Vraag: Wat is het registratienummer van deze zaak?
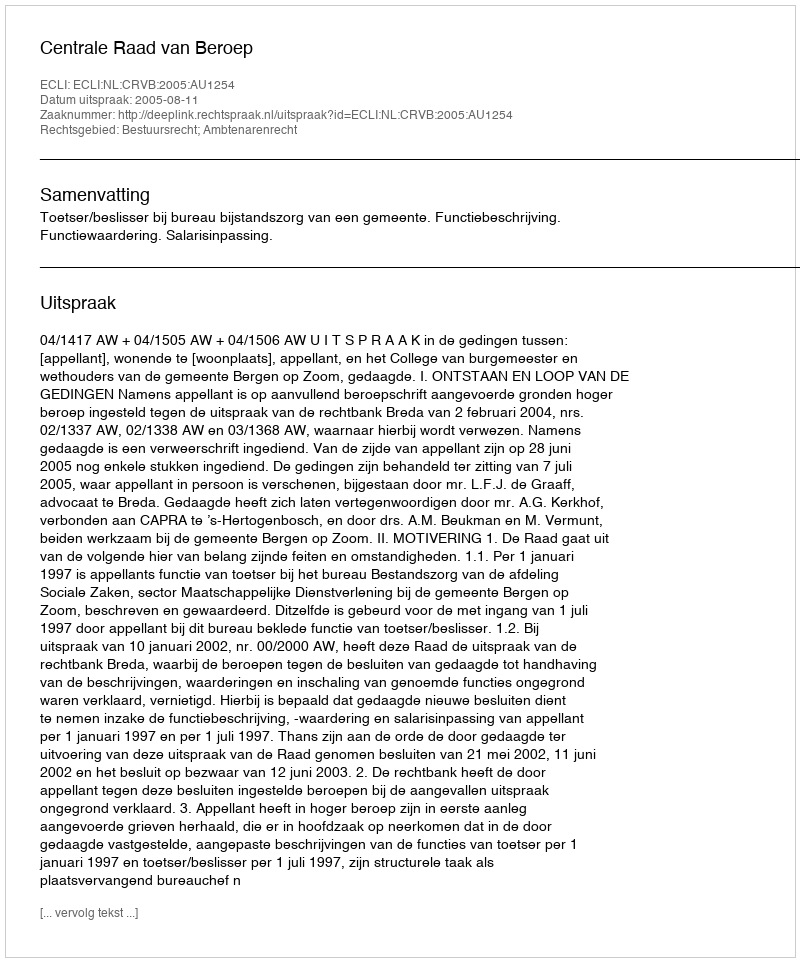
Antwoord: http://deeplink.rechtspraak.nl/uitspraak?id=ECLI:NL:CRVB:2005:AU1254